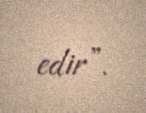
edir”.